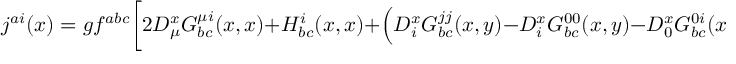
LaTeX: j ^ { a i } ( x ) = g f ^ { a b c } \biggl [ 2 D _ { \mu } ^ { x } G _ { b c } ^ { \mu i } ( x , x ) + H _ { b c } ^ { i } ( x , x ) + \Bigl ( D _ { i } ^ { x } G _ { b c } ^ { j j } ( x , y ) - D _ { i } ^ { x } G _ { b c } ^ { 0 0 } ( x , y ) - D _ { 0 } ^ { x } G _ { b c } ^ { 0 i } ( x , y ) \Bigr ) \Big | _ { y \to x } \biggr ]